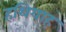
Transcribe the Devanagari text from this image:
हथियाह